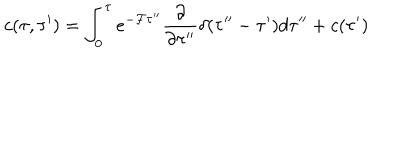
c ( \tau , \tau ^ { \prime } ) = \int _ { 0 } ^ { \tau } e ^ { - { \cal F } \tau ^ { \prime \prime } } \frac { \partial } { \partial \tau ^ { \prime \prime } } \delta ( \tau ^ { \prime \prime } - \tau ^ { \prime } ) d \tau ^ { \prime \prime } + c ( \tau ^ { \prime } )